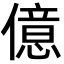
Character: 億